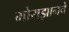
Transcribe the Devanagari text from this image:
मोराझानचे